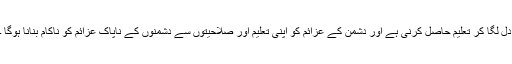
دل لگا کر تعلیم حاصل کرنی ہے اور دشمن کے عزائم کو اپنی تعلیم اور صلاحیتوں سے دشمنوں کے ناپاک عزائم کو ناکام بنانا ہوگا ۔